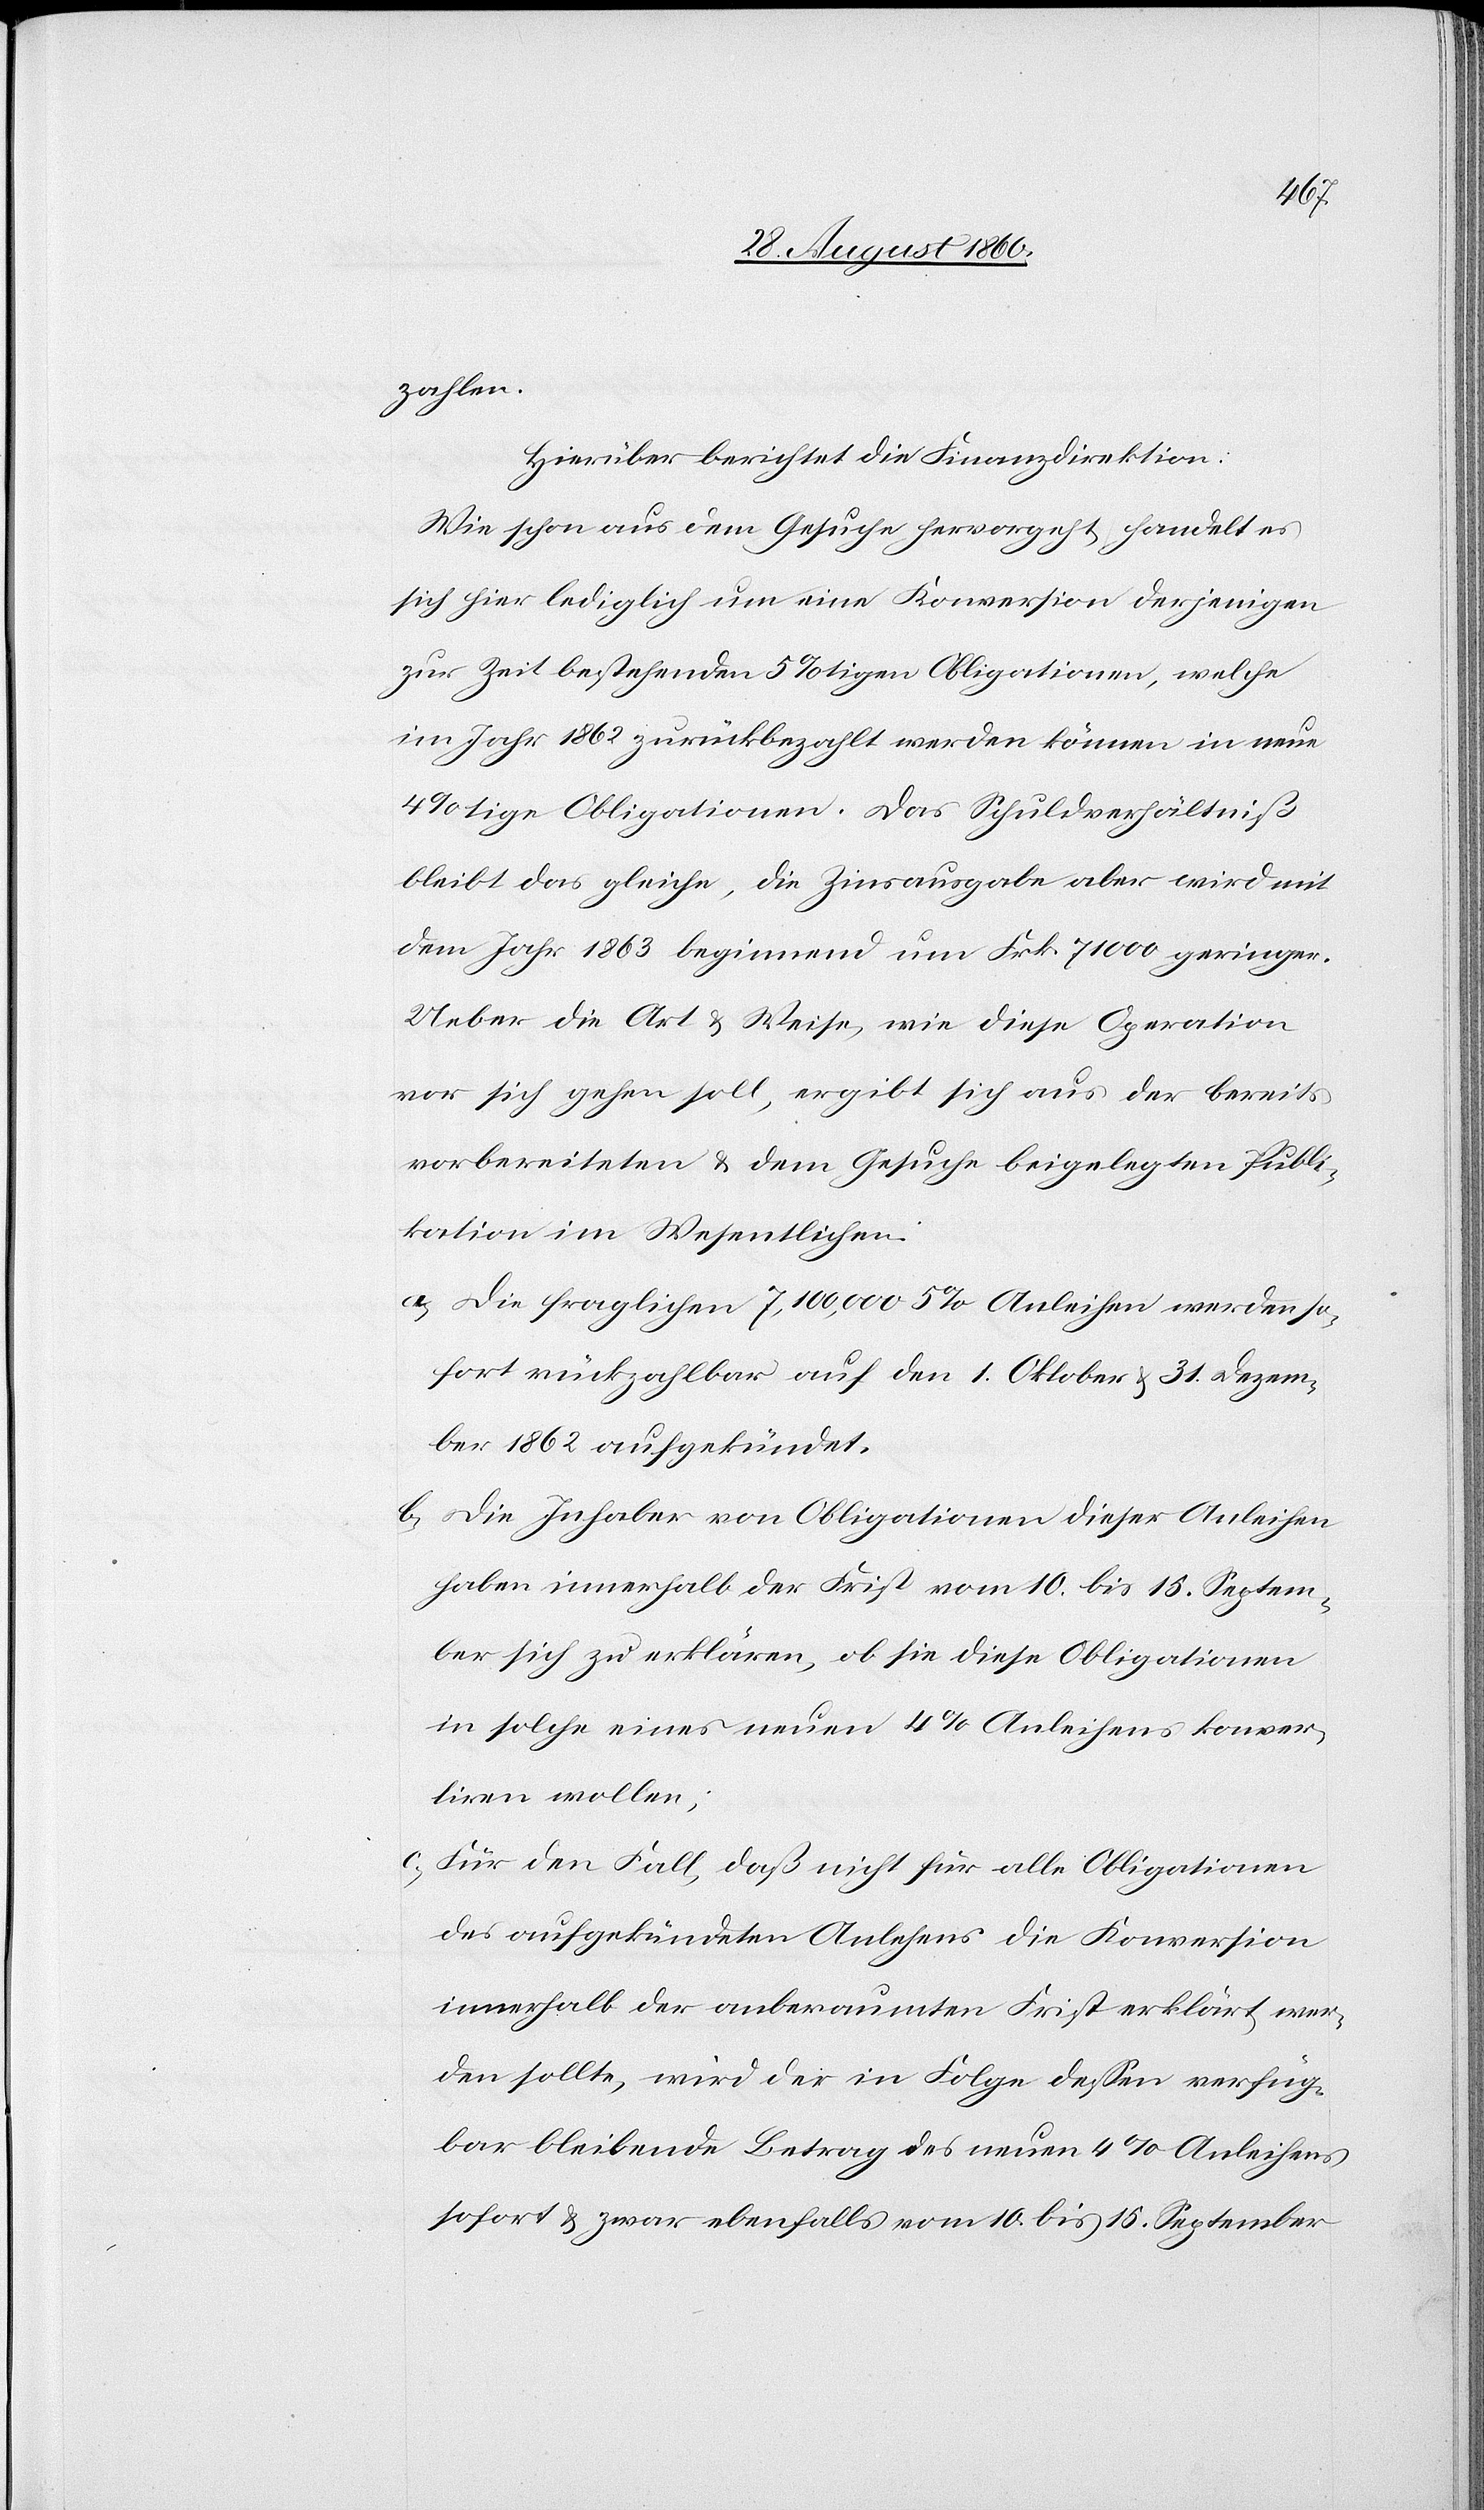
zahlen.
Hierüber berichtet die Finanzdirektion:
Wie schon aus dem Gesuche hervorgeht, handelt es
sich hier lediglich um eine Conversion derjenigen
zur Zeit bestehenden 5%tigen Obligationen, welche
im Jahr 1862 zurückbezahlt werden können in neue
4%tige Obligationen. Das Schuldverhältniss
bleibt das gleiche; die Zinsausgabe aber wird mit
dem Jahr 1863 beginnend um fcs. 71 000 geringer.
Ueber die Art u. Weise wie diese Operation
vor sich gehen soll, ergibt sich aus der bereits
vorbereiteten u. dem Gesuche beigelegten Publi¬
kation im Wesentlichen:
a) die fraglichen 7,100,000 5% Anleihen werden so¬
fort rückzahlbar auf den 1. Oktober u. 31. Dezem¬
ber 1862 aufgekündet.
b) die Inhaber von Obligationen dieser Anleihen
haben innerhalb der Frist vom 10 bis 15t Septem¬
ber sich zu erklären, ob sie diese Obligationen
in solche eines neuen 4% Anleihens conver¬
tiren wollen;
c) für den Fall, dass nicht für alle Obligationen
des aufgekündeten Anlehnens die Conversion
innerhalb der anberaumten Frist erklärt wer¬
den sollte, wird der in Folge dessen verfüg¬
bar bleibende Betrag des neuen 4% Anleihens
sofort u. zwar ebenfalls vom 10 bis 15 September